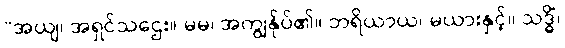
“အယျ၊ အရှင်သဌေး။ မမ၊ အကျွန်ုပ်၏။ ဘရိယာယ၊ မယားနှင့်။ သဒ္ဓိံ၊